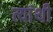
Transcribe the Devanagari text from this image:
त्यांथी